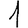
Digit: 1